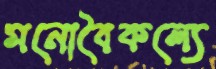
মনোবৈকল্যে